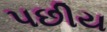
પછીય